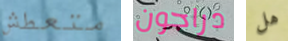
متعطش دراجون هل